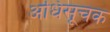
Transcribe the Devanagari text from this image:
अधिसूचक